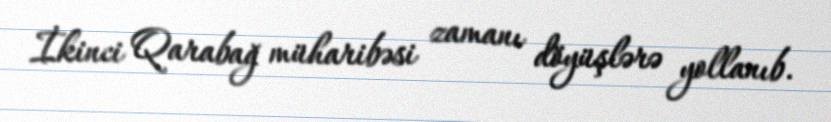
İkinci Qarabağ müharibəsi zamanı döyüşlərə yollanıb.